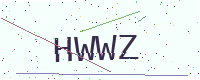
Text: HWWZ